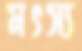
মৎস্য